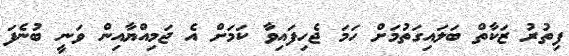
ފިތުރު ޒަކާތް ބަލައިގަތުމަށް ހަމަ ޖެހިފައިވާ ކަމަށް އެ ޖަމިއްޔާއިން ވަނީ ބުނެފަ